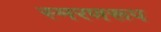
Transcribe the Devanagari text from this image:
स्मरणरूप